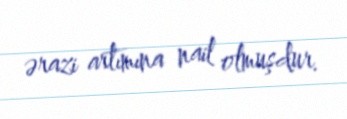
ərazi artımına nail olmuşdur.